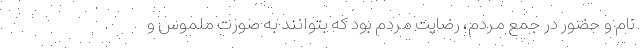
نام و حضور در جمع مردم، رضایت مردم بود که بتوانند به صورت ملموس و